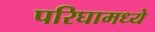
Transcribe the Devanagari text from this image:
परिघामध्ये